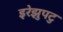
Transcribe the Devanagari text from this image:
इरेझुपटु